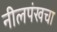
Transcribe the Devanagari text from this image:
नीलपंखचा